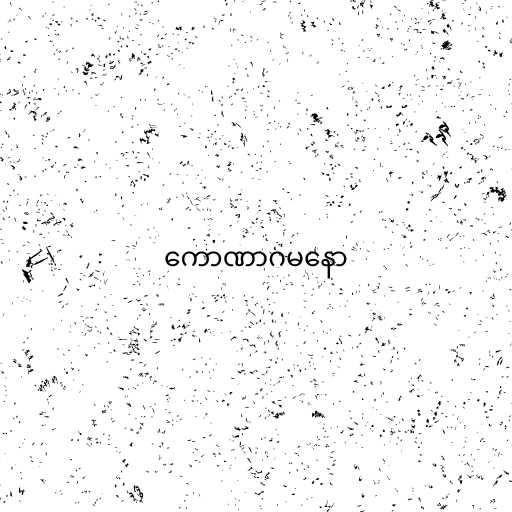
ကောဏာဂမနော